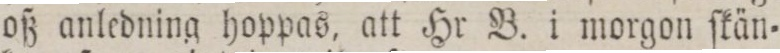
oß anledning hoppas, att Hr B. i morgon ſkän=